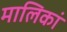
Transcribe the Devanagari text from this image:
मालिकां